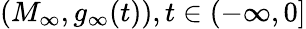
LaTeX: (M_{\infty},g_{\infty}(t)),t\in(-\infty,0]